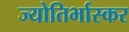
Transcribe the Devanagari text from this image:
ज्योतिर्भास्कर